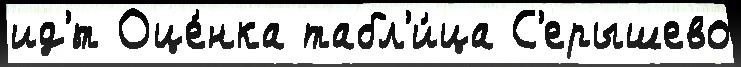
ид'́т Оце́нка табл'и́ца С'ерышево